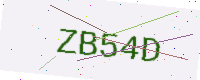
Text: ZB54D